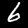
Label: 6